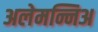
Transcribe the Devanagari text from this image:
अलेमन्निअ